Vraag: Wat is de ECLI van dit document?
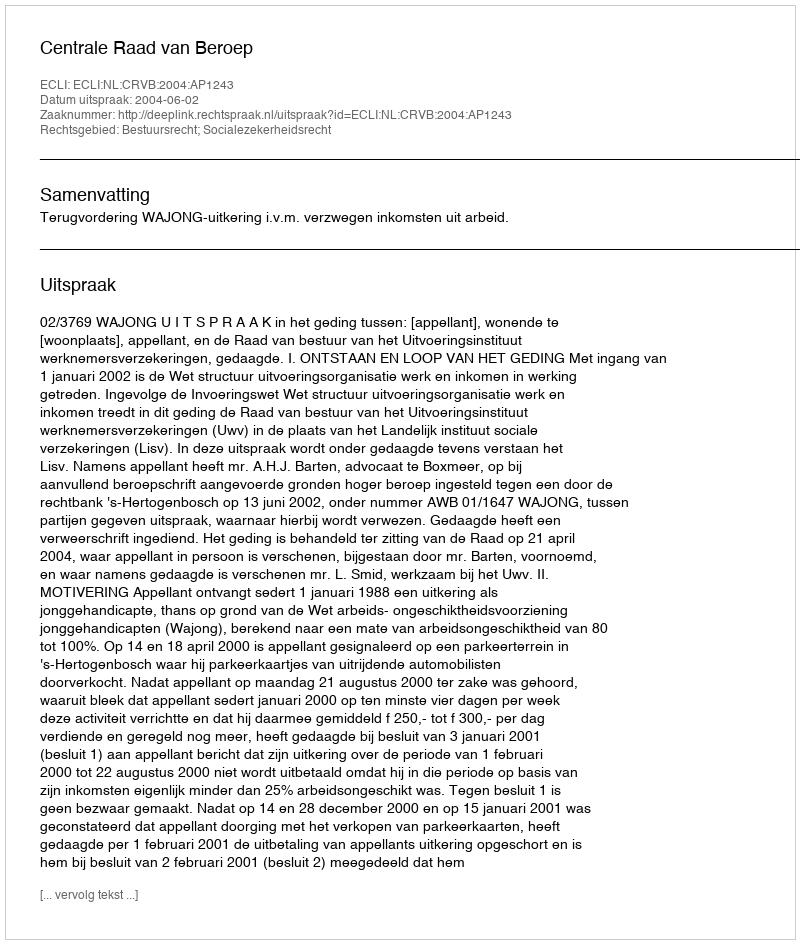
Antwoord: ECLI:NL:CRVB:2004:AP1243